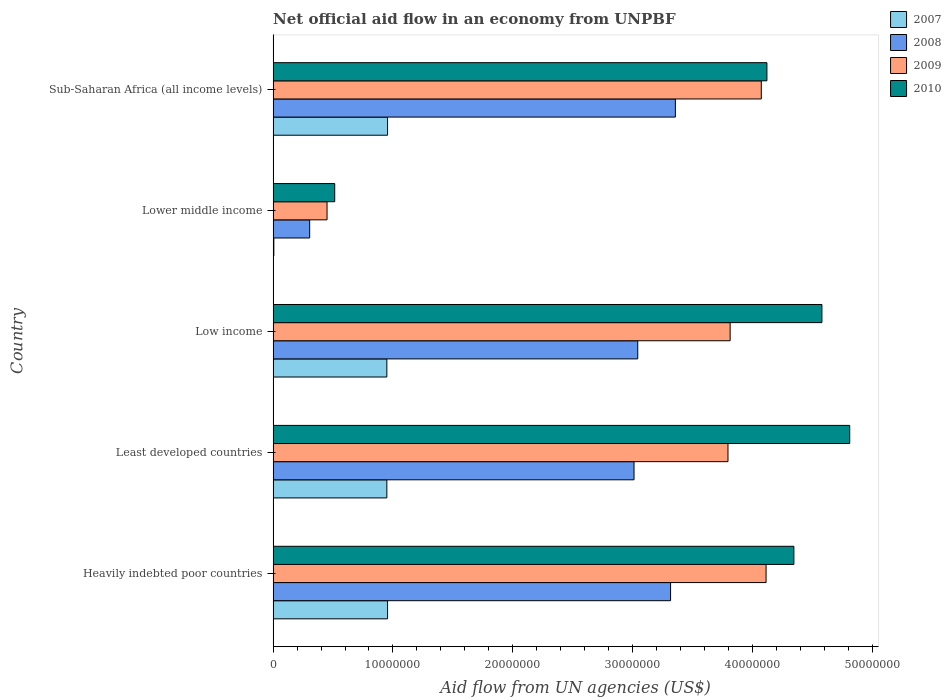
| Country | 2007 | 2008 | 2009 | 2010 |
 | --- | --- | --- | --- | --- |
 | Heavily indebted poor countries | 9.55e+06 | 3.32e+07 | 4.11e+07 | 4.35e+07 |
 | Least developed countries | 9.49e+06 | 3.01e+07 | 3.8e+07 | 4.81e+07 |
 | Low income | 9.49e+06 | 3.04e+07 | 3.81e+07 | 4.58e+07 |
 | Lower middle income | 6e+04 | 3.05e+06 | 4.5e+06 | 5.14e+06 |
 | Sub-Saharan Africa (all income levels) | 9.55e+06 | 3.36e+07 | 4.07e+07 | 4.12e+07 |